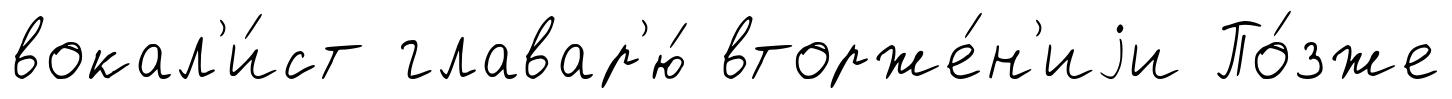
вокал'и́ст главар'ю́ вторже́н'иjи По́зже